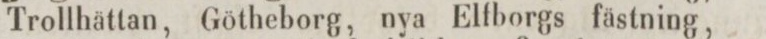
Trollhättan, Götheborg, nya Elfborgs fästning,